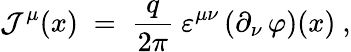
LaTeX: {\mathcal J}^{\mu}(x)\; =\; \frac{q}{2\pi}~\varepsilon^{\mu\nu}\left(\partial_{\nu}\, \varphi\right)(x)~,